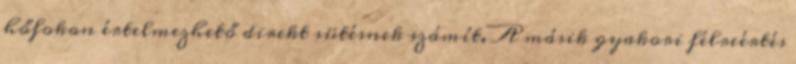
hőfokon értelmezhető direkt sütésnek számít. A másik gyakori félreértés